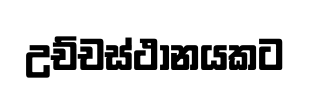
උච්චස්ථානයකට